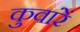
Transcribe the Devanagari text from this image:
कुवांरें